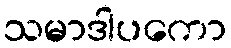
သမာဒါပကော